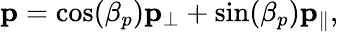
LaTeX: \mathbf{p}=\cos(\beta_{p})\mathbf{p_{\perp}}+\sin(\beta_{p})\mathbf{p_{\parallel}},